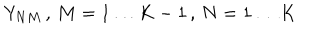
LaTeX: Y _ { N M } \, , \, M = 1 \ldots K - 1 \, , \, N = 1 \ldots K